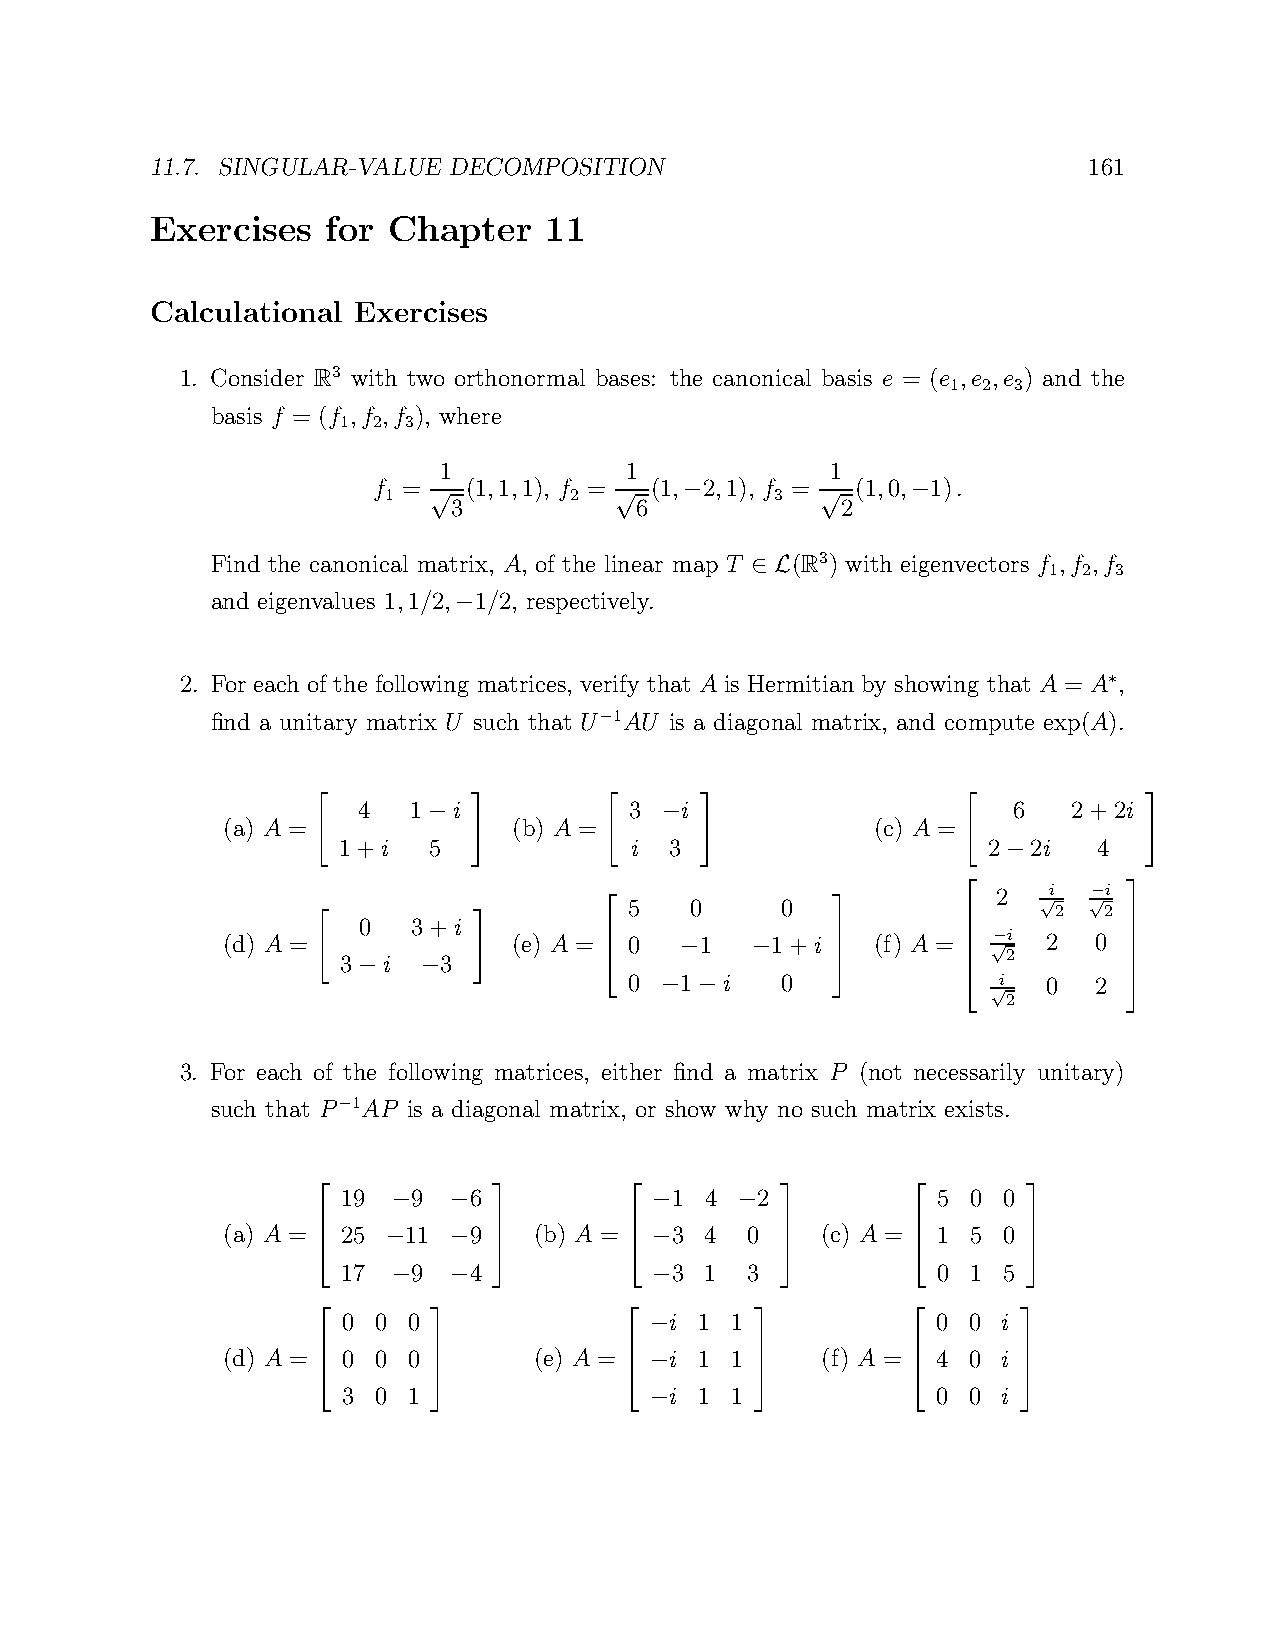
11.7. SINGULAR-VALUE DECOMPOSITION                            161
 Exercises   for Chapter   11
 Calculational Exercises
 1. Consider R3 with two orthonormal bases: the canonical basis e = (e ,e ,e ) and the
 1 2 3
 basis f = (f ,f ,f ), where
 1  2 3
 1           1             1
 f =   (1,1,1), f = (1, 2,1), f = (1,0, 1).
 1            2            3
 √3           √6  −        √2    −
 Find the canonical matrix, A, of the linear map T (R3) with eigenvectors f ,f ,f
 1  2 3
 ∈ L
 and eigenvalues 1,1/2, 1/2, respectively.
 −
 2. For each of the following matrices, verify that A is Hermitian by showing that A = A ,
 ∗
 find a unitary matrix U such that U 1AU is a diagonal matrix, and compute exp(A).
 −
 4  1  i           3  i                     6   2+2i
 (a) A =      −     (b) A =   −             (c) A =
 " 1+i  5  #        " i 3 #                 " 2 2i   4  #
 −
 2  i   i
 5   0     0                √2 √− 2
 0  3+i
 (d) A =
 " 3 i   3 #
 (e) A =  0 −1  −1+i   (f) A =  √− 2i 2 0 
 −   −             0  1  i   0            i  0  2  
    − −                 √2       
                                 
           
 3. For each of the following matrices, either find a matrix P (not necessarily unitary)
 such that P 1AP is a diagonal matrix, or show why no such matrix exists.
 −
 19  9   6            1  4  2           5 0 0
 −   −            −     −
 (a) A = 25  11  9   (b) A =  3  4 0    (c) A = 1 5 0
                                           
 −   −            −
 17  9   4            3  1 3            0 1 5
     −   −          −                      
                                           
 0 0 0                i 1 1             0 0 i
 −
 (d) A = 0 0 0       (e) A =  i 1 1     (f) A = 4 0 i
                                           
 −
 3 0 1                i 1 1             0 0 i
                    −                      
                                           